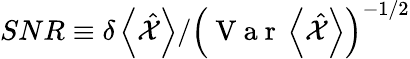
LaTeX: SNR\equiv\delta\left<\hat{\mathcal X}\right>/\left(\mathrm{~V~a~r~}\left<\hat{\mathcal X}\right>\right)^{-1/2}